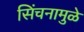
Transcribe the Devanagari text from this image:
सिंचनामुळे